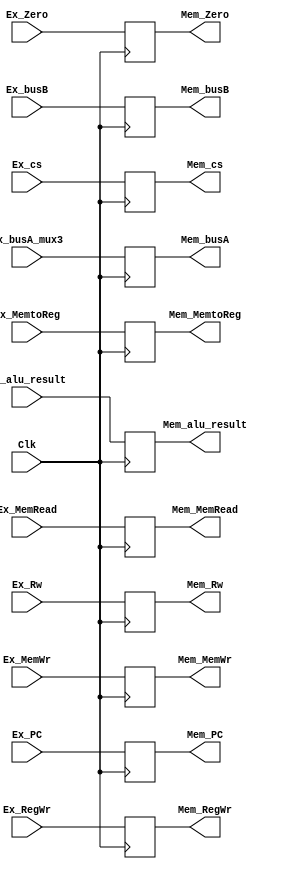
module Ex_Mem(Clk, Ex_Zero, Ex_alu_result, Ex_busB, Ex_Rw,Ex_RegWr, Ex_MemWr, Ex_MemtoReg,
			  Mem_Zero, Mem_alu_result, Mem_busB, Mem_Rw, Mem_RegWr, Mem_MemWr, Mem_MemtoReg,
			  Ex_MemRead, Mem_MemRead, Ex_busA_mux3, Mem_busA, Ex_cs, Ex_PC, Mem_cs, Mem_PC);

	input Clk, Ex_Zero, Ex_RegWr, Ex_MemtoReg;
	input[31:0] Ex_alu_result, Ex_busB, Ex_busA_mux3;
	input[4:0] Ex_Rw, Ex_cs;       
	input[1:0] Ex_MemWr, Ex_MemRead;
	input[31:2] Ex_PC;

	output reg Mem_Zero, Mem_RegWr, Mem_MemtoReg;
	output reg[31:0] Mem_alu_result, Mem_busB, Mem_busA;
	output reg[4:0] Mem_Rw, Mem_cs;
	output reg[1:0] Mem_MemWr, Mem_MemRead;
 	output reg[31:2] Mem_PC;

	initial 
	begin
		{Mem_Zero, Mem_alu_result, Mem_busB, Mem_Rw, Mem_RegWr, Mem_MemWr, Mem_MemtoReg,
		Mem_MemRead, Mem_busA, Mem_cs, Mem_PC}
		<= 151'b0;
	end

	always@(posedge Clk)
	begin
		{Mem_alu_result, Mem_busB, Mem_Rw, Mem_Zero, Mem_RegWr, Mem_MemWr, Mem_MemtoReg,
		Mem_MemRead, Mem_busA, Mem_cs, Mem_PC}
		<=
		{Ex_alu_result, Ex_busB, Ex_Rw, Ex_Zero, Ex_RegWr, Ex_MemWr, Ex_MemtoReg,
		Ex_MemRead, Ex_busA_mux3, Ex_cs,Ex_PC};
	end

endmodule